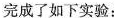
完成了如下实验：